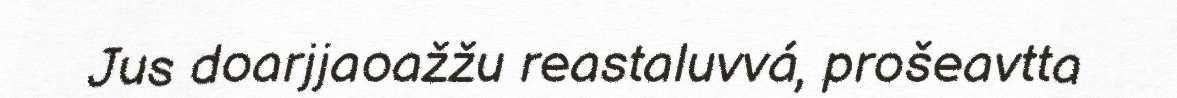
Jus doarjjaoažžu reastaluvvá, prošeavtta